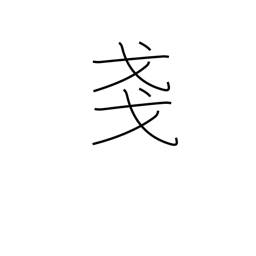
Meaning: slight